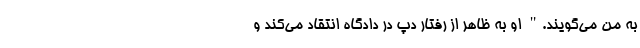
به من می‌گویند." او به ظاهر از رفتار دپ در دادگاه انتقاد می‌کند و